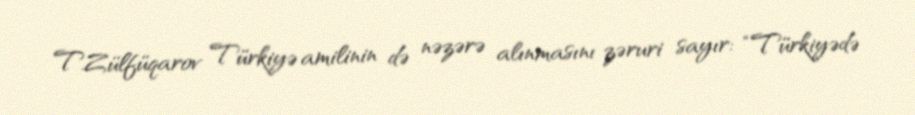
T.Zülfüqarov Türkiyə amilinin də nəzərə alınmasını zəruri sayır: “Türkiyədə